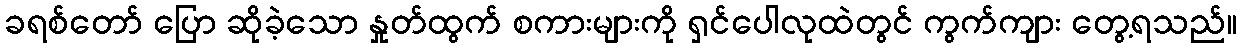
ခရစ်တော် ပြော ဆိုခဲ့သော နှုတ်ထွက် စကားများကို ရှင်ပေါလုထဲတွင် ကွက်ကျား တွေ့ရသည်။